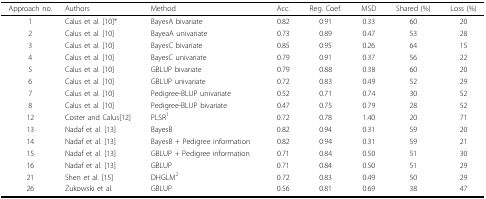
<table><thead><tr><td><b>Approach no.</b></td><td><b>Authors</b></td><td><b>Method</b></td><td><b>Acc.</b></td><td><b>Reg. Coef.</b></td><td><b>MSD</b></td><td><b>Shared (%)</b></td><td><b>Loss (%)</b></td></tr></thead><tbody><tr><td>1</td><td>Calus et al. [10]*</td><td>BayesA bivariate</td><td>0.82</td><td>0.91</td><td>0.33</td><td>60</td><td>20</td></tr><tr><td>2</td><td>Calus et al. [10]</td><td>BayeaA univariate</td><td>0.73</td><td>0.89</td><td>0.47</td><td>53</td><td>28</td></tr><tr><td>3</td><td>Calus et al. [10]</td><td>BayesC bivariate</td><td>0.85</td><td>0.95</td><td>0.26</td><td>64</td><td>15</td></tr><tr><td>4</td><td>Calus et al. [10]</td><td>BayesC univariate</td><td>0.79</td><td>0.91</td><td>0.37</td><td>56</td><td>22</td></tr><tr><td>5</td><td>Calus et al. [10]</td><td>GBLUP bivariate</td><td>0.79</td><td>0.88</td><td>0.38</td><td>60</td><td>20</td></tr><tr><td>6</td><td>Calus et al. [10]</td><td>GBLUP univariate</td><td>0.72</td><td>0.83</td><td>0.49</td><td>52</td><td>29</td></tr><tr><td>7</td><td>Calus et al. [10]</td><td>Pedigree-BLUP univariate</td><td>0.52</td><td>0.71</td><td>0.74</td><td>30</td><td>52</td></tr><tr><td>8</td><td>Calus et al. [10]</td><td>Pedigree-BLUP bivariate</td><td>0.47</td><td>0.75</td><td>0.79</td><td>28</td><td>52</td></tr><tr><td>12</td><td>Coster and Calus[12]</td><td>PLSR<sup>1</sup></td><td>0.72</td><td>0.78</td><td>1.40</td><td>20</td><td>71</td></tr><tr><td>13</td><td>Nadaf et al. [13]</td><td>BayesB</td><td>0.82</td><td>0.94</td><td>0.31</td><td>59</td><td>20</td></tr><tr><td>14</td><td>Nadaf et al. [13]</td><td>BayesB + Pedigree information</td><td>0.82</td><td>0.94</td><td>0.31</td><td>59</td><td>21</td></tr><tr><td>15</td><td>Nadaf et al. [13]</td><td>GBLUP + Pedigree information</td><td>0.71</td><td>0.84</td><td>0.50</td><td>51</td><td>30</td></tr><tr><td>16</td><td>Nadaf et al. [13]</td><td>GBLUP</td><td>0.71</td><td>0.84</td><td>0.50</td><td>51</td><td>29</td></tr><tr><td>21</td><td>Shen et al. [15]</td><td>DHGLM<sup>2</sup></td><td>0.72</td><td>0.83</td><td>0.49</td><td>50</td><td>29</td></tr><tr><td>26</td><td>Zukowski et al.</td><td>GBLUP</td><td>0.56</td><td>0.81</td><td>0.69</td><td>38</td><td>47</td></tr></tbody></table>